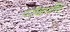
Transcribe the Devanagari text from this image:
परीक्षार्थींना